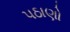
પઠાણો